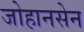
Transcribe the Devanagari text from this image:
जोहानसेन